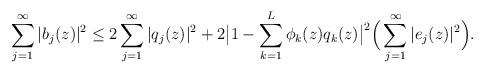
LaTeX: \begin{align*}\sum_{j=1}^\infty |b_j(z)|^2\le2\sum_{j=1}^\infty |q_j(z)|^2+ 2\big|1-\sum_{k=1}^L\phi_k(z)q_k(z)\big|^2\Big(\sum_{j=1}^\infty |e_j(z)|^2\Big).\end{align*}